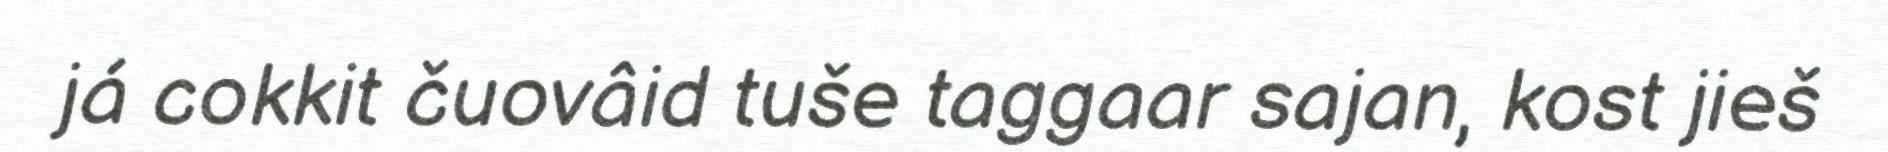
já cokkit čuovâid tuše taggaar sajan, kost jieš